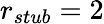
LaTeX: r_{stub}=2